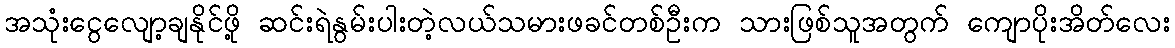
အသုံးငွေလျော့ချနိုင်ဖို့ ဆင်းရဲနွမ်းပါးတဲ့လယ်သမားဖခင်တစ်ဦးက သားဖြစ်သူအတွက် ကျောပိုးအိတ်လေး